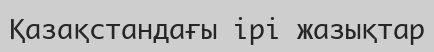
Қазақстандағы ірі жазықтар